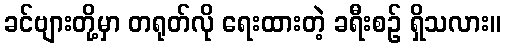
ခင်ဗျားတို့မှာ တရုတ်လို ရေးထားတဲ့ ခရီးစဉ် ရှိသလား။